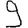
Digit: 9